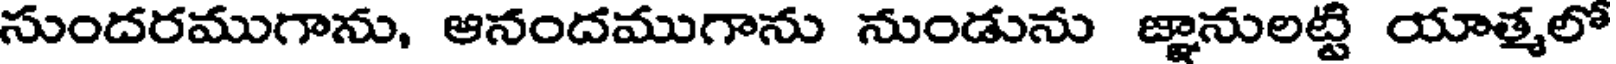
సుందరముగాను, ఆనందముగాను నుండును జ్ఞానులట్టి యాత్మలో